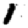
Digit: 1